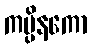
ကပ္ပိနကော